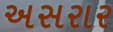
અસરાર